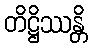
တိဋ္ဌိဿန္တိ